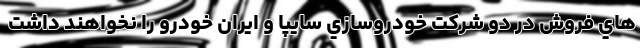
هاي فروش در دو شركت خودروسازي سايپا و ايران خودرو را نخواهند داشت